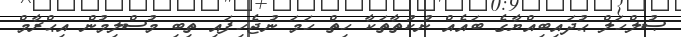
ޞުލްހަލް ޙުދައިބިއްޔާގެ ބައެއް ނުކުތާތަކާ ހިތް ހަމަ ނުޖެހިފައި ތިބި މުސްލިމުން އިޙްރާމް